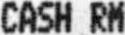
CASH RM